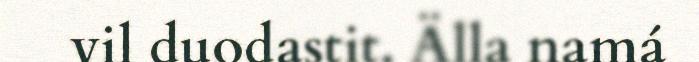
vil duodastit. Älla namá